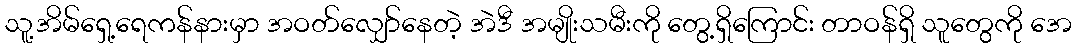
သူ့အိမ်ရှေ့ရေကန်နားမှာ အဝတ်လျှော်နေတဲ့ အဲဒီ အမျိုးသမီးကို တွေ့ရှိကြောင်း တာဝန်ရှိ သူတွေကို အေ